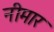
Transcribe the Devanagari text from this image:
नीमार